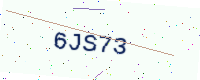
Text: 6JS73